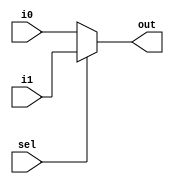
module mux32two(/*AUTOARG*/
   // Outputs
   out,
   // Inputs
   i0, i1, sel
   );
   input [31:0] i0, i1;
   input	sel;
   output [31:0] out;

   assign out = sel ? i1 : i0;
   
endmodule